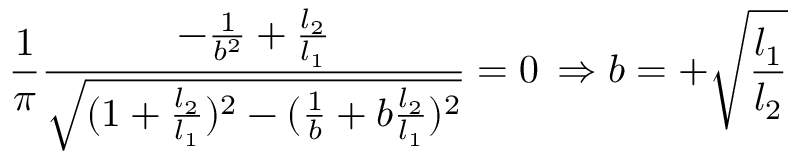
\frac { 1 } { \pi } \frac { - \frac { 1 } { b ^ { 2 } } + \frac { l _ { 2 } } { l _ { 1 } } } { \sqrt { ( 1 + \frac { l _ { 2 } } { l _ { 1 } } ) ^ { 2 } - ( \frac { 1 } { b } + b \frac { l _ { 2 } } { l _ { 1 } } ) ^ { 2 } } } = 0 \, \Rightarrow b = + \sqrt { \frac { l _ { 1 } } { l _ { 2 } } }